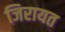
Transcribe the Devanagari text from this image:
जिरायत